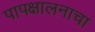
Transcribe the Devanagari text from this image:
पापक्षालनाचा